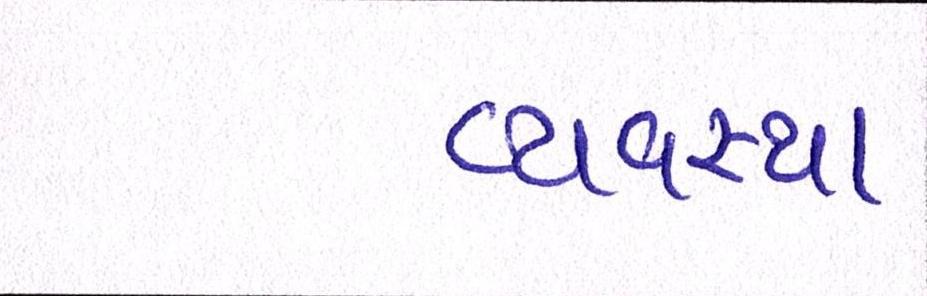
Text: વ્યવ્સથા